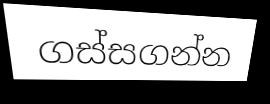
ගස්සගන්න